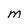
Character: M